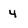
Character: 4